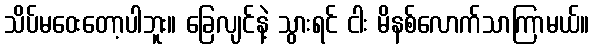
သိပ်မဝေးတော့ပါဘူး။ ခြေလျင်နဲ့ သွားရင် ငါး မိနစ်လောက်သာကြာမယ်။